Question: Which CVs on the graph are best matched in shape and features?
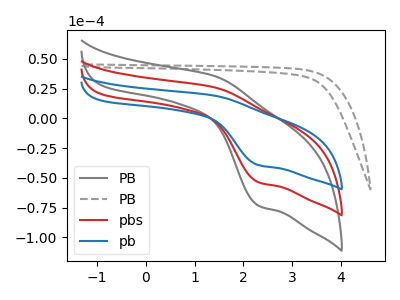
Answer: <think>The gray curve "PB" has an anodic peak at (1.40V, 52.15uA) and a cathodic peak at (2.30V, -107.30uA). The gray dashed curve "PB" has no peaks. The red curve "pbs" has an anodic peak at (1.40V, 26.10uA) and a cathodic peak at (2.30V, -53.65uA). The blue curve "pb" has an anodic peak at (1.40V, 19.10uA) and a cathodic peak at (2.30V, -39.30uA).
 "PB" and "PB" have a different number of peaks. All the peaks in "PB" have a peak in "pbs" at the same potential. Every peak in "PB" is higher than every peak in "pbs". All the peaks in "PB" have a peak in "pb" at the same potential. Every peak in "PB" is higher than every peak in "pb". "PB" and "pbs" have a different number of peaks. "PB" and "pb" have a different number of peaks. All the peaks in "pbs" have a peak in "pb" at the same potential. Every peak in "pbs" is higher than every peak in "pb".</think>
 <answer>"pb", "PB" and "pbs" have the same shape and are likely CV's of the same chemical.</answer>
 <eval>"pb" "PB" "pbs"</eval>